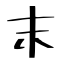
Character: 末